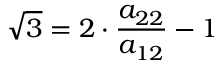
{ \sqrt { 3 } } = 2 \cdot { \frac { a _ { 2 2 } } { a _ { 1 2 } } } - 1